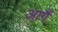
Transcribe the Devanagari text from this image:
आगैं